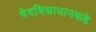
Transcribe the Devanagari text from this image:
वेदविद्याधानकडे